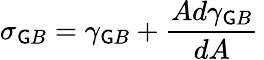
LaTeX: \sigma_{\mathsf{G}B}=\gamma_{\mathsf{G}B}+{\frac{{Ad\gamma_{\mathsf{G}B}}}{{dA}}}\,